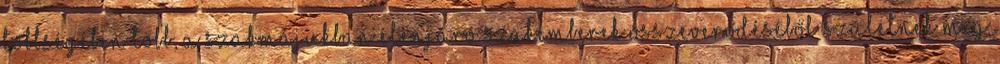
többségében több, a szakmájukban élenjáró szakemberek összeverődéséből születnek meg